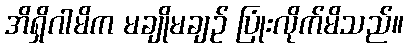
အိရှိဂါမိက မချိုမချဉ် ပြုံးလိုက်မိသည်။